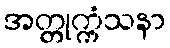
အတ္တုက္ကံသနာ